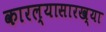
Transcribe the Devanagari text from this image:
कारल्यासारख्या